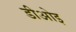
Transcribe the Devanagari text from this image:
डीओइ